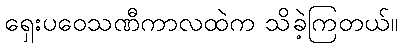
ရှေးပဝေသဏီကာလထဲက သိခဲ့ကြတယ်။